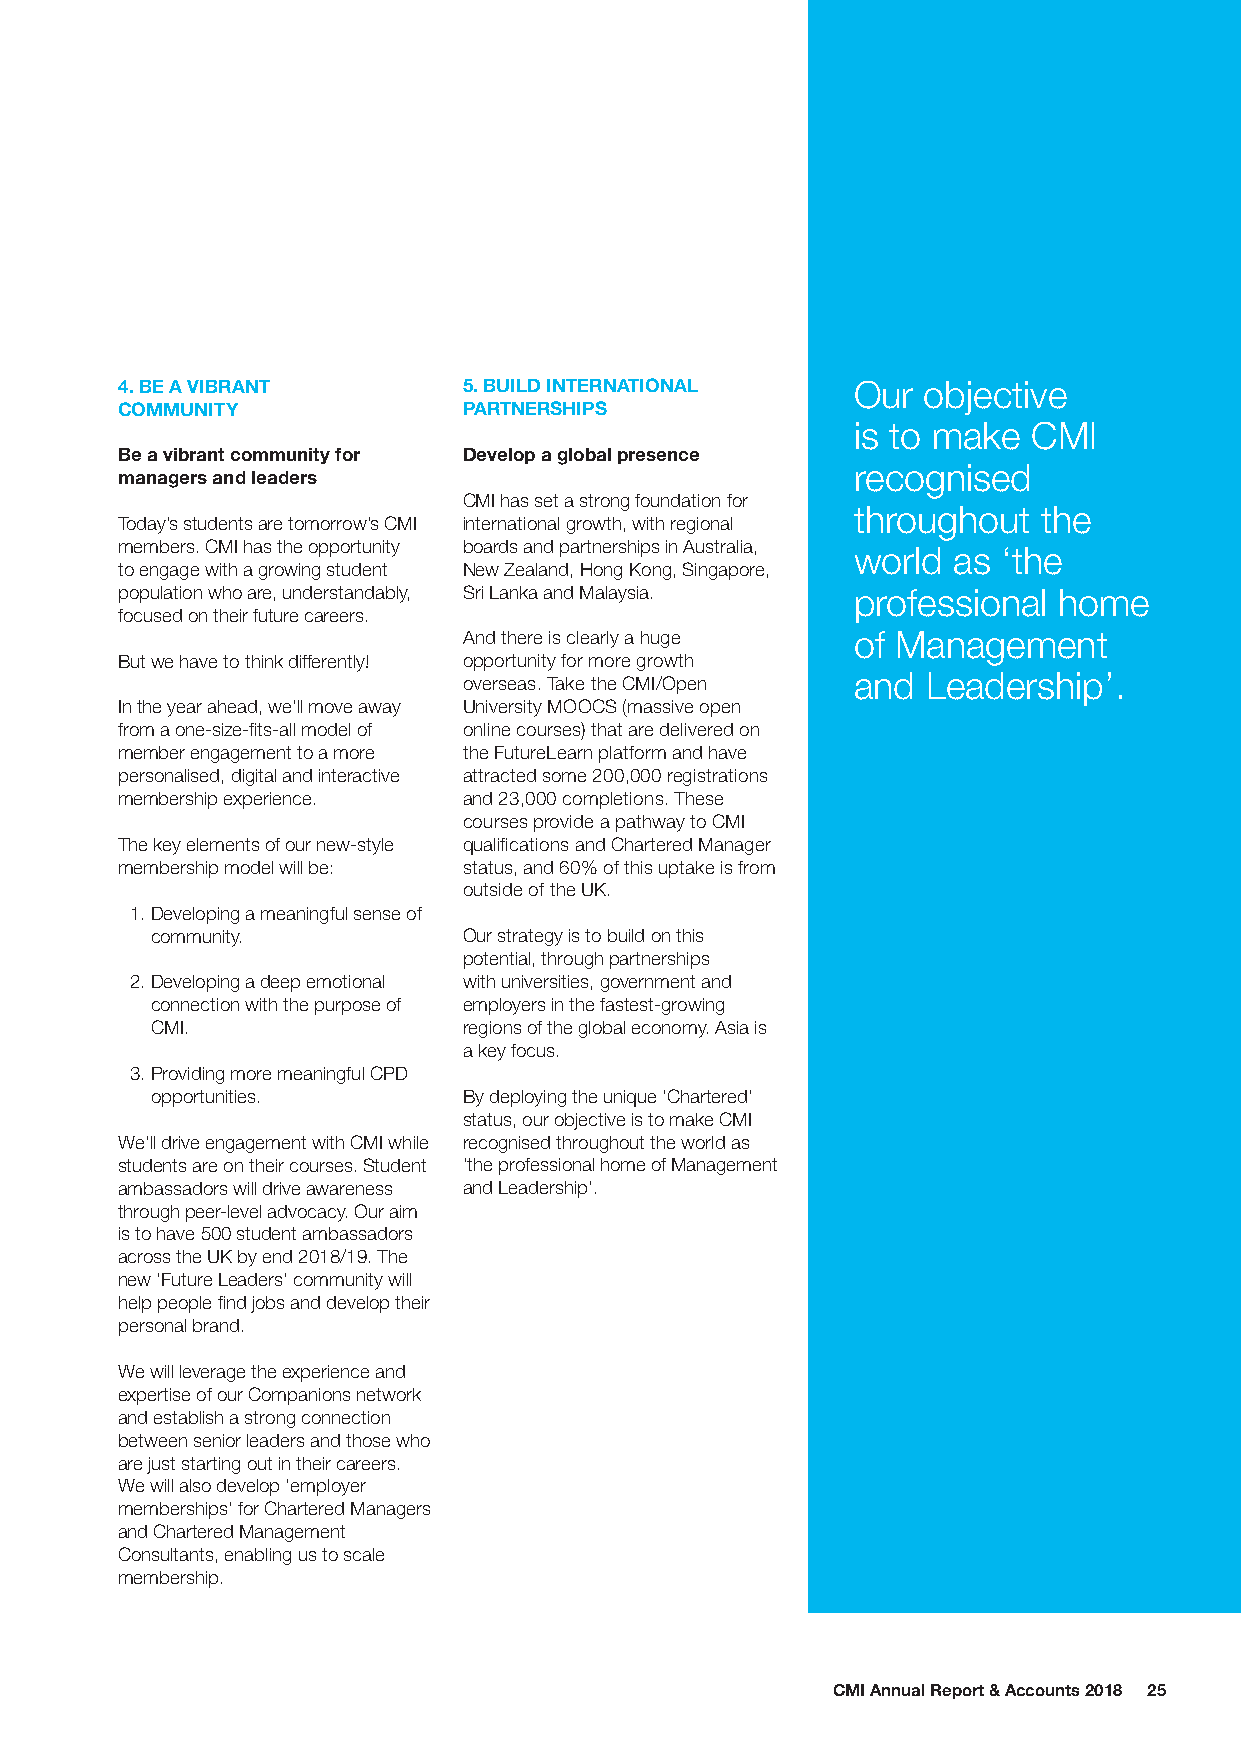
4. BE A VIBRANT        5. BUILD INTERNATIONAL   Our  objective
 COMMUNITY              PARTNERSHIPS
 is to make  CMI
 Be a vibrant community for Develop a global presence
 recognised
 managers and leaders
 CMI has set a strong foundation for
 throughout   the
 Today’s students are tomorrow’s CMI international growth, with regional
 members. CMI has the opportunity boards and partnerships in Australia,
 world  as ‘the
 to engage with a growing student New Zealand, Hong Kong, Singapore,
 population who are, understandably, Sri Lanka and Malaysia. professional home
 focused on their future careers.
 And there is clearly a huge of Management
 But we have to think differently! opportunity for more growth
 overseas. Take the CMI/Open and Leadership’.
 In the year ahead, we’ll move away University MOOCS (massive open
 from a one-size-fits-all model of online courses) that are delivered on
 member engagement to a more the FutureLearn platform and have
 personalised, digital and interactive attracted some 200,000 registrations
 membership experience. and 23,000 completions. These
 courses provide a pathway to CMI
 The key elements of our new-style qualifications and Chartered Manager
 membership model will be: status, and 60% of this uptake is from
 outside of the UK.
 1. Developing a meaningful sense of
 community.           Our strategy is to build on this
 potential, through partnerships
 2. Developing a deep emotional with universities, government and
 connection with the purpose of employers in the fastest-growing
 CMI.                 regions of the global economy. Asia is
 a key focus.
 3. Providing more meaningful CPD
 opportunities.       By deploying the unique ‘Chartered’
 status, our objective is to make CMI
 We’ll drive engagement with CMI while recognised throughout the world as
 students are on their courses. Student ‘the professional home of Management
 ambassadors will drive awareness and Leadership’.
 through peer-level advocacy. Our aim
 is to have 500 student ambassadors
 across the UK by end 2018/19. The
 new ‘Future Leaders’ community will
 help people find jobs and develop their
 personal brand.
 We will leverage the experience and
 expertise of our Companions network
 and establish a strong connection
 between senior leaders and those who
 are just starting out in their careers.
 We will also develop ‘employer
 memberships’ for Chartered Managers
 and Chartered Management
 Consultants, enabling us to scale
 membership.
 CMI Annual Report & Accounts 2018 25